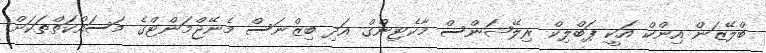
ބްލޭޒަން އިންކް އަކީ ޕަބްލިކް ރިލޭޝަންސް މާކެޓިންގް އަދި ބިޒްނަސް މެނޭޖްމަންޓްގެ މަސައްކަތްތަކަށް